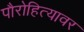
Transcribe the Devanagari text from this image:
पौरोहित्यावर